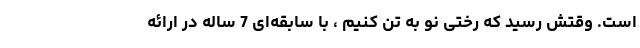
است. وقتش رسید که رختی نو به تن کنیم ، با سابقه‌ای 7 ساله در ارائه